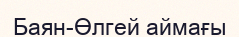
Баян-Өлгей аймағы